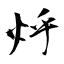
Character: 烀